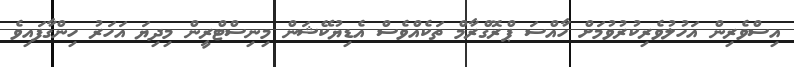
އިސްވެެރިން އަހުލުވެރިކުރުވުމަށް ހާއްސަ ޕްރޮގްރާމް ތަކެއްވެސް އެޑިޔުކޭޝަން މިނިސްޓްރީން މިދިޔަ އަހަރު ހިންގާފައިވެ